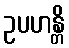
ဥပဟန္တိ